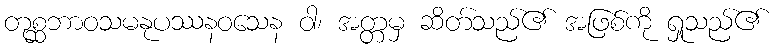
တုစ္ဆဘာဝသမနုပဿနဝသေန ဝါ၊ အတ္တမှ ဆိတ်သည်၏ အဖြစ်ကို ရှုသည်၏